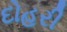
દોહરી